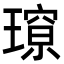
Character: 𭹽